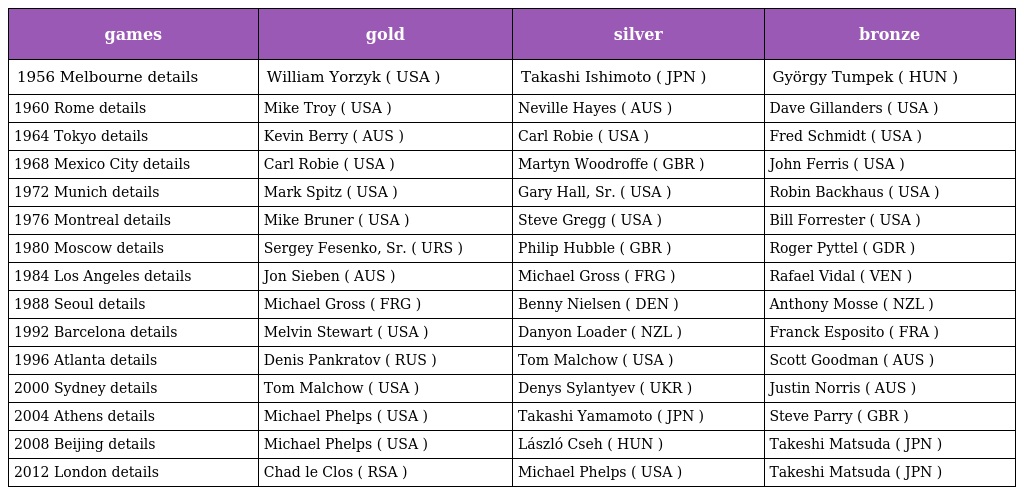
| games | gold | silver | bronze |
 | --- | --- | --- | --- |
 | 1956 Melbourne details | William Yorzyk ( USA ) | Takashi Ishimoto ( JPN ) | György Tumpek ( HUN ) |
 | 1960 Rome details | Mike Troy ( USA ) | Neville Hayes ( AUS ) | Dave Gillanders ( USA ) |
 | 1964 Tokyo details | Kevin Berry ( AUS ) | Carl Robie ( USA ) | Fred Schmidt ( USA ) |
 | 1968 Mexico City details | Carl Robie ( USA ) | Martyn Woodroffe ( GBR ) | John Ferris ( USA ) |
 | 1972 Munich details | Mark Spitz ( USA ) | Gary Hall, Sr. ( USA ) | Robin Backhaus ( USA ) |
 | 1976 Montreal details | Mike Bruner ( USA ) | Steve Gregg ( USA ) | Bill Forrester ( USA ) |
 | 1980 Moscow details | Sergey Fesenko, Sr. ( URS ) | Philip Hubble ( GBR ) | Roger Pyttel ( GDR ) |
 | 1984 Los Angeles details | Jon Sieben ( AUS ) | Michael Gross ( FRG ) | Rafael Vidal ( VEN ) |
 | 1988 Seoul details | Michael Gross ( FRG ) | Benny Nielsen ( DEN ) | Anthony Mosse ( NZL ) |
 | 1992 Barcelona details | Melvin Stewart ( USA ) | Danyon Loader ( NZL ) | Franck Esposito ( FRA ) |
 | 1996 Atlanta details | Denis Pankratov ( RUS ) | Tom Malchow ( USA ) | Scott Goodman ( AUS ) |
 | 2000 Sydney details | Tom Malchow ( USA ) | Denys Sylantyev ( UKR ) | Justin Norris ( AUS ) |
 | 2004 Athens details | Michael Phelps ( USA ) | Takashi Yamamoto ( JPN ) | Steve Parry ( GBR ) |
 | 2008 Beijing details | Michael Phelps ( USA ) | László Cseh ( HUN ) | Takeshi Matsuda ( JPN ) |
 | 2012 London details | Chad le Clos ( RSA ) | Michael Phelps ( USA ) | Takeshi Matsuda ( JPN ) |